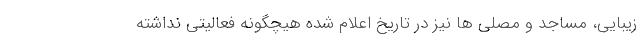
زیبایی، مساجد و مصلی ها نیز در تاریخ اعلام شده هیچگونه فعالیتی نداشته